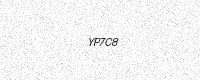
Text: YP7C8